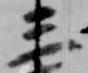
三